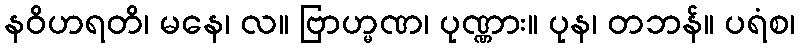
နဝိဟရတိ၊ မနေ၊ လ။ ဗြာဟ္မဏ၊ ပုဏ္ဏား။ ပုန၊ တဘန်။ ပရံစ၊